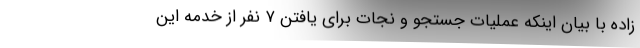
زاده با بیان اینکه عملیات جستجو و ‌نجات برای یافتن ۷ نفر از خدمه این